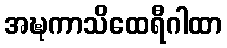
အဍ္ဎကာသိထေရီဂါထာ